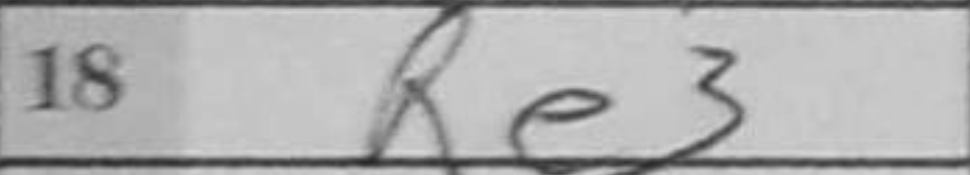
Transcription: Re3